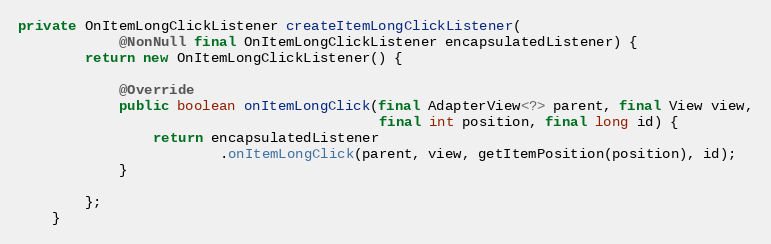
Language: Java
private OnItemLongClickListener createItemLongClickListener(
            @NonNull final OnItemLongClickListener encapsulatedListener) {
        return new OnItemLongClickListener() {

            @Override
            public boolean onItemLongClick(final AdapterView<?> parent, final View view,
                                           final int position, final long id) {
                return encapsulatedListener
                        .onItemLongClick(parent, view, getItemPosition(position), id);
            }

        };
    }